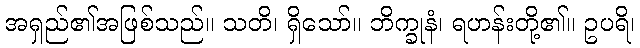
အရှည်၏အဖြစ်သည်။ သတိ၊ ရှိသော်။ ဘိက္ခုနံ၊ ရဟန်းတို့၏။ ဥပရိ၊